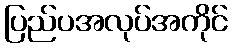
ပြည်ပအလုပ်အကိုင်